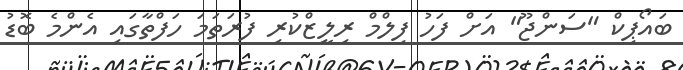
ބައޯޕިކް "ސަންޖޫ" އަށް ފަހު ފިލްމް ރިލީޒްކުރި ފުރަތަމަ ހަފްތާގައި އެންމެ ބޮޑު